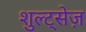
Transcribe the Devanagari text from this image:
शुल्ट्सेज़